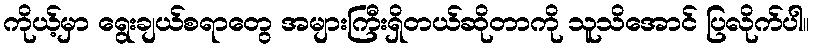
ကိုယ့်မှာ ရွေးချယ်စရာတွေ အများကြီးရှိတယ်ဆိုတာကို သူသိအောင် ပြလိုက်ပါ။